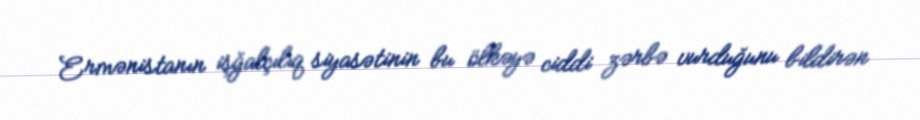
Ermənistanın işğalçılıq siyasətinin bu ölkəyə ciddi zərbə vurduğunu bildirən